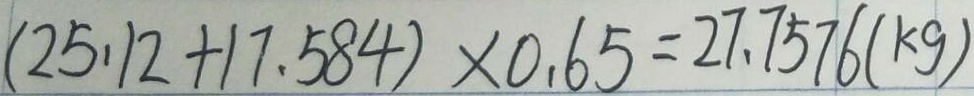
( 2 5 . 1 2 + 1 7 . 5 8 4 ) \times 0 . 6 5 = 2 7 . 7 5 7 6 ( k g )